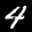
Label: 4